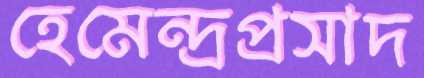
হেমেন্দ্রপ্রসাদ